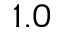
1 . 0